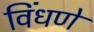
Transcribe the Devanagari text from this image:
विंधणे